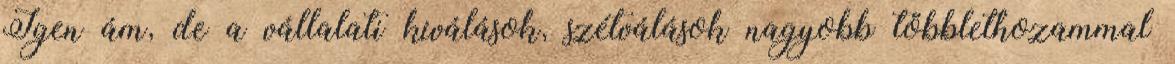
Igen ám, de a vállalati kiválások, szétválások nagyobb többlethozammal